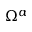
\Omega ^ { \alpha }